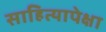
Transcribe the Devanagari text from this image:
साहित्यापेक्षा